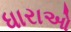
ધારાઓ